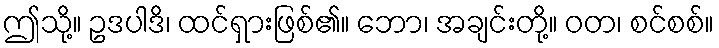
ဤသို့။ ဥဒပါဒိ၊ ထင်ရှားဖြစ်၏။ ဘော၊ အချင်းတို့။ ဝတ၊ စင်စစ်။